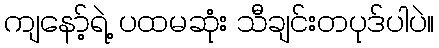
ကျနော့်ရဲ့ ပထမဆုံး သီချင်းတပုဒ်ပါပဲ။